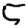
Digit: 5